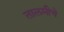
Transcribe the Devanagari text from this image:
तालमीचे